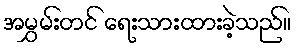
အမွှမ်းတင် ရေးသားထားခဲ့သည်။